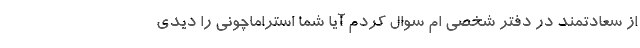
از سعادتمند در دفتر شخصی ام سوال کردم آیا شما استراماچونی را دیدی